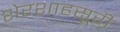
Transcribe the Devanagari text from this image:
शेरशाहसूरी